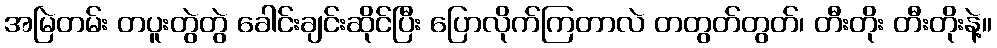
အမြဲတမ်း တပူးတွဲတွဲ ခေါင်းချင်းဆိုင်ပြီး ပြောလိုက်ကြတာလဲ တတွတ်တွတ်၊ တီးတိုး တီးတိုးနဲ့။